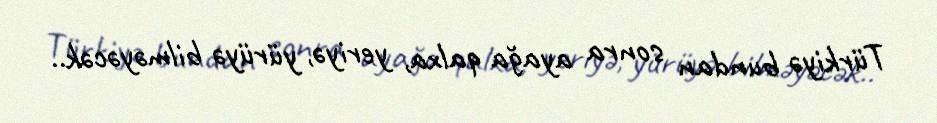
Türkiyə bundan sonra ayağa qalxa, yeriyə, yürüyə bilməyəcək..